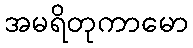
အမရိတုကာမော